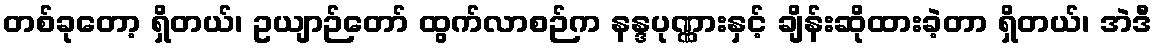
တစ်ခုတော့ ရှိတယ်၊ ဥယျာဉ်တော် ထွက်လာစဉ်က နန္ဒပုဏ္ဏားနှင့် ချိန်းဆိုထားခဲ့တာ ရှိတယ်၊ အဲဒီ